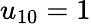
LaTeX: u_{10}=1